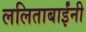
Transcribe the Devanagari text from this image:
ललिताबाईंनी